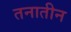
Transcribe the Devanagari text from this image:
तनातीन